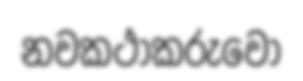
නවකථාකරුවෝ